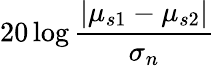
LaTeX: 20\log\frac{\lvert\mu_{s1}-\mu_{s2}\rvert}{\sigma_{n}}